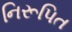
નિરૂપિત